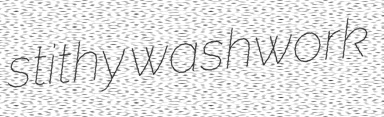
stithy washwork